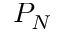
P _ { N }